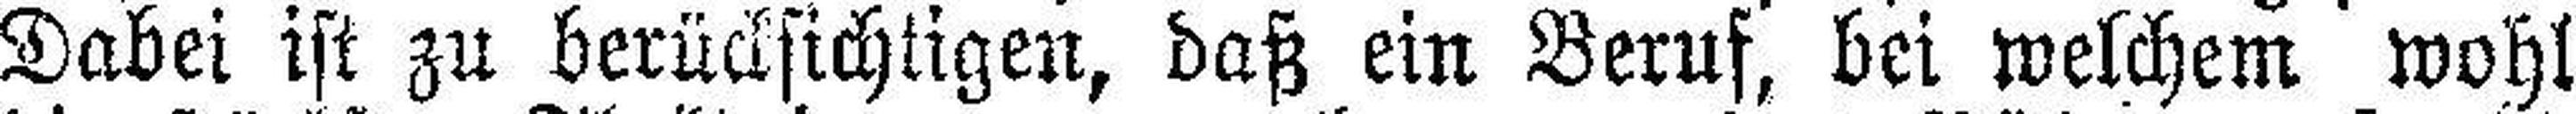
Dabei ist zu berücksichtigen, daß ein Beruf, bei welchem wohl